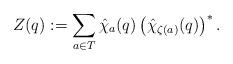
LaTeX: \begin{align*}Z(q):=\sum_{a\in T}\hat \chi_{a}(q)\left( \hat \chi_{\zeta(a)}(q) \right)^{*}. \end{align*}